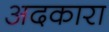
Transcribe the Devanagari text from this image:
अदकारा